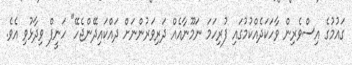
ގައުމުގެ އިސްވެރިން ވާހަކަދެއްކުމުގައި ފުރިހަމަ ނަމޫނާއެއް ދަރިވަރުންނަށް ދައްކައިދޭންޖެހޭ" ހަނީފް ވިދާޅުވި އެވެ.